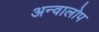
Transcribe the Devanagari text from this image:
अन्वालोप